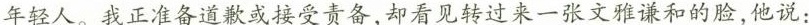
年轻人。我正准备道歉或接受责备，却看见转过来一张文雅谦和的脸，他说：